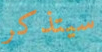
سيتذكر